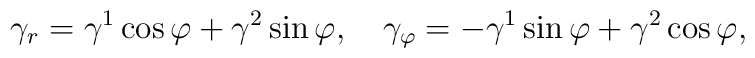
\gamma_{r} = \gamma^{1}\cos\varphi + \gamma^{2}\sin\varphi,\quad\gamma_{\varphi} = -\gamma^{1}\sin\varphi + \gamma^{2}\cos\varphi ,